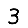
Digit: 3